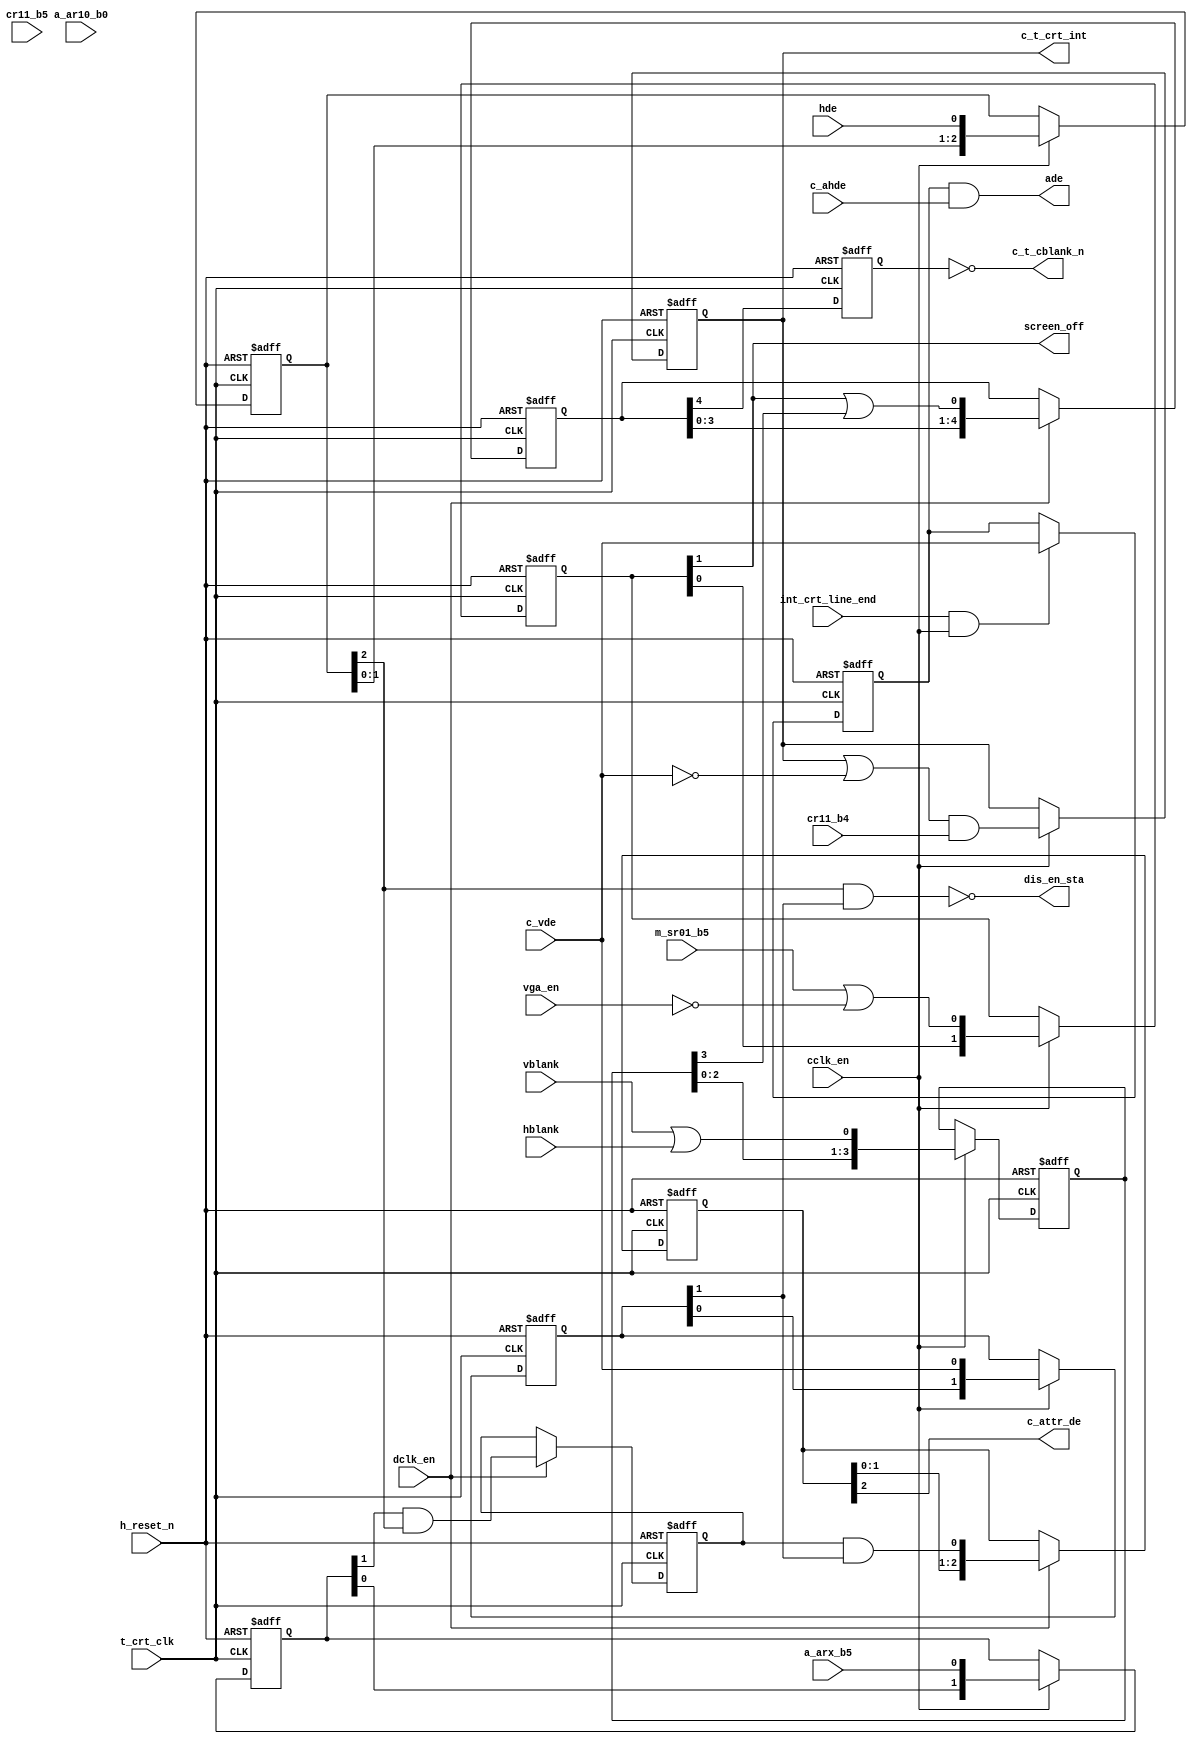
module crt_op_stage
    (
     input       h_reset_n,
     input       c_vde,            // Vertical display enable
     input       cr11_b4,          // clear vertical interrupt
     input       cr11_b5,          // disable vertical interrupt
     input       a_arx_b5,         // Video enable
     input       m_sr01_b5,        // Full band width for host
     input       vblank,           // Vertical blank
     input       hblank,           // Horizontal blank
     input       cclk_en,          // char. clock
     input       dclk_en,          // dot clock
     input       hde,              // Horizontal display enable
     input       c_ahde,	   // advance horizontal display enable.
     input       int_crt_line_end, // indicates the end of current scan line
     input       t_crt_clk, 
     input       a_ar10_b0,
     input       vga_en,           // Disable screen when vga is not enabled
     
     output      c_t_crt_int,      // Interrupt to indicate vertical retrace
     output      c_attr_de,        /* This signal indicates the actual display
				    * enable to the attribute control */
     output      c_t_cblank_n,     // Composite Blank to RAMDAC
     output      ade,              // composite advance display enable
     output      screen_off,
     output      dis_en_sta
     );
	       
  reg 		 ade_ff;
  reg 		 intrpt_ff;
  reg 		 gated_hde_ff;
  reg 		 syn_cblank_ff;
  reg [2:0] 	 int_attr_de_d;
  reg [4:0] 	 int_cblank_d_dc;
  reg [2:0] 	 hde_d_cc;
  reg [1:0] 	 vde_syn_cclk;
  reg [1:0] 	 sr01_b5_syn_cclk;
  wire 		 comp_blank;
  reg [3:0] 	 comp_blank_d_cc;
  wire 		 int_cblank;
  wire 		 int_intrpt;
  wire 		 arx_b5_syn_cclk;
  wire 		 clr_intrpt_n = cr11_b4;
  wire 		 int_attr_de;
  reg [1:0] 	 sync1;
  wire [4:0] 	 h_blank_d_dc;
  
  // generating c_attr_de. Synchronize a_arx_b5 and c_vde
  // w.r.t cclk. Delay hde by 2 cclk's in Graphics and 3 cclk's in Text mode.
  always @(posedge t_crt_clk or negedge h_reset_n)
    if (!h_reset_n) begin
      hde_d_cc <= 3'b0;
      sync1 <= 2'b0;
      vde_syn_cclk <= 2'b0;
      sr01_b5_syn_cclk <= 2'b11;
      comp_blank_d_cc <= 4'b0;
    end else if (cclk_en) begin
      hde_d_cc <= {hde_d_cc[1:0], hde};
      sync1 <= {sync1[0], a_arx_b5};
      vde_syn_cclk <= {vde_syn_cclk[0], c_vde};
      sr01_b5_syn_cclk <= {sr01_b5_syn_cclk[0], (m_sr01_b5 | ~vga_en)};
      comp_blank_d_cc <= {comp_blank_d_cc[2:0], comp_blank};
    end

  assign arx_b5_syn_cclk = sync1[1];
  
  always @(posedge t_crt_clk or negedge h_reset_n)
    if (~h_reset_n)   gated_hde_ff <=  1'b0;
    else if (dclk_en) gated_hde_ff <=  ( arx_b5_syn_cclk & hde_d_cc[2] );
	   
  assign      int_attr_de = gated_hde_ff & vde_syn_cclk[1];
   
  assign      dis_en_sta = ~(hde_d_cc[2] & vde_syn_cclk[1]);

  always @(posedge t_crt_clk or negedge h_reset_n)
    if (!h_reset_n)   int_attr_de_d <= 3'b0;
    else if (dclk_en) int_attr_de_d <= {int_attr_de_d[1:0], int_attr_de};
		  
  assign      c_attr_de = int_attr_de_d[2];
  
  assign      screen_off = sr01_b5_syn_cclk[1];
   
  assign      comp_blank = vblank | hblank;
   
  assign      int_cblank = sr01_b5_syn_cclk[1] | comp_blank_d_cc[3];

  always @(posedge t_crt_clk or negedge h_reset_n)
    if (!h_reset_n)   int_cblank_d_dc <= 5'b0;
    else if (dclk_en) int_cblank_d_dc <= {int_cblank_d_dc[3:0], int_cblank};
		  
  always @(posedge t_crt_clk or negedge h_reset_n)
    if(~h_reset_n) syn_cblank_ff <= 1'b0;
    else           syn_cblank_ff <= int_cblank_d_dc[4];
	 
  assign      c_t_cblank_n = ~syn_cblank_ff;

  assign      int_intrpt = ( intrpt_ff | (~c_vde) ) & cr11_b4;

  always @(posedge t_crt_clk or negedge h_reset_n)
    if(~h_reset_n)    intrpt_ff <= 1'b0;
    else if (cclk_en) intrpt_ff <= int_intrpt;
	
  assign      c_t_crt_int       = intrpt_ff;

  // Generating advance composite display enable
  always @(posedge t_crt_clk or negedge h_reset_n)
    if (~h_reset_n)                      ade_ff <= 1'b0;
    else if (int_crt_line_end & cclk_en) ade_ff <= c_vde;
	 
  assign      ade = ade_ff & c_ahde;
    
endmodule